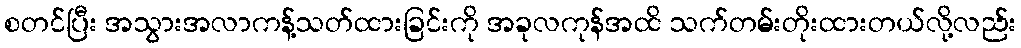
စတင်ပြီး အသွားအလာကန့်သတ်ထားခြင်းကို အခုလကုန်အထိ သက်တမ်းတိုးထားတယ်လို့လည်း